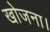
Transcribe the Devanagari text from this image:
खोजना।